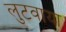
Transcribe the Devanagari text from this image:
लुटवाया